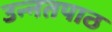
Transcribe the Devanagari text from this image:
उन्नतपाठ